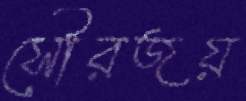
সৌরজয়